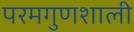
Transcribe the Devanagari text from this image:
परमगुणशाली